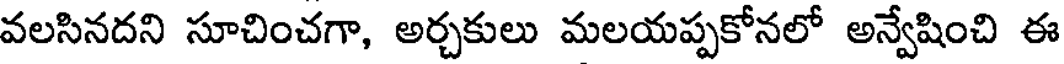
వలసినదని సూచించగా, అర్చకులు మలయప్పకోనలో అన్వేషించి ఈ